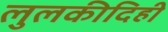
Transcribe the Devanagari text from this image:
लुलकीदिही